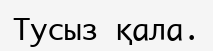
Тусыз қала.